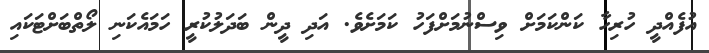
އުފެއްދީ ހުރިހާ ކަންކަމަށް ވިސްނުމަށްފަހު ކަމަށެވެ. އަދި ދީން ބަދަލުކުރީ ހަމައެކަނި ލޯތްބަށްޓަކައި